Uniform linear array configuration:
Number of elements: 64
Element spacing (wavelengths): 0.5
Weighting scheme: uniform
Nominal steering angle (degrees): -15
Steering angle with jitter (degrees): -14.856
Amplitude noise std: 0.05
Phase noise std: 0.05

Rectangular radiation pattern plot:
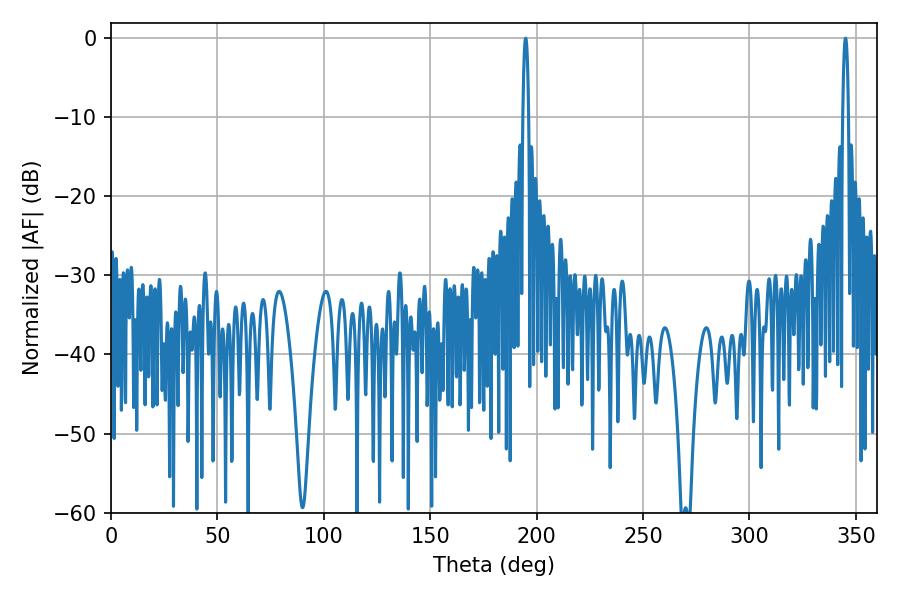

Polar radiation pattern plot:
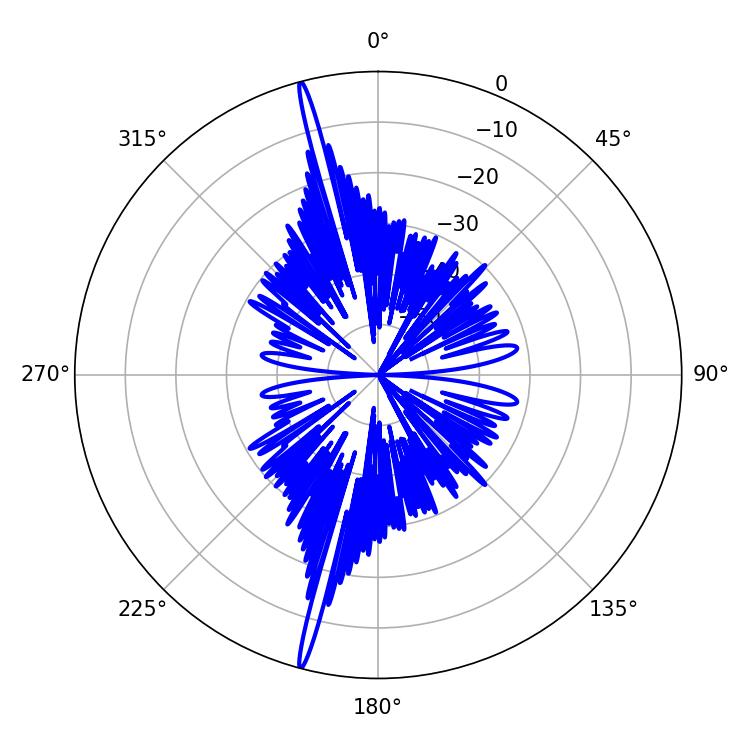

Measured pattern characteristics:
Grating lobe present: FALSE
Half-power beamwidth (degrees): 1.62
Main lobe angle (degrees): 345.06